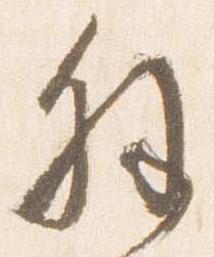
解